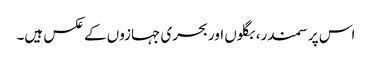
اس پر سمندر، بگلوں اور بحری جہازوں کے عکس ہیں۔